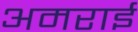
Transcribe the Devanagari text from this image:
अमराई